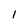
Character: 1